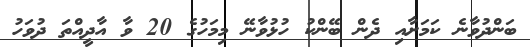
ބަންދުވާނެ ކަމަށާއި ދެން ބޭންކު ހުޅުވާނޭ މިމަހުގެ 20 ވާ އާދީއްތަ ދުވަހު